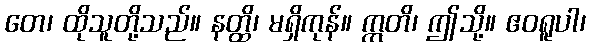
တေ၊ ထိုသူတို့သည်။ နတ္ထိ၊ မရှိကုန်။ ဣတိ၊ ဤသို့။ ဧဝရူပါ၊